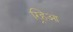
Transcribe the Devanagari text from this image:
र्‍हिआ